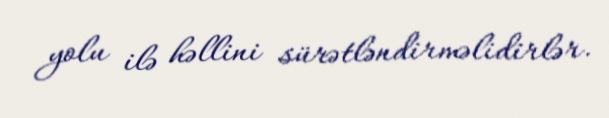
yolu ilə həllini sürətləndirməlidirlər.